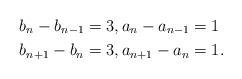
LaTeX: \begin{align*}b_n - b_{n-1} &= 3, a_n-a_{n-1}=1\\b_{n+1}-b_n &= 3, a_{n+1}-a_n=1.\end{align*}